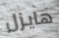
هايزل